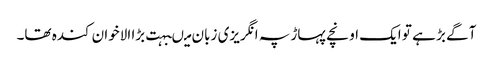
آگے بڑ ہے تو ایک اونچے پہاڑ پہ انگریزی زبان میںبہت بڑا الاخوان کندہ تھا۔